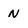
Character: n